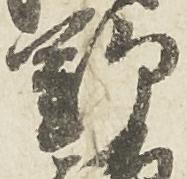
野